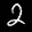
Label: 2